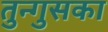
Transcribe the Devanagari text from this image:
तुन्गुसका